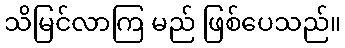
သိမြင်လာကြ မည် ဖြစ်ပေသည်။